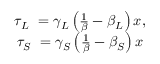
\begin{array} { c } { { \tau _ { L \mathrm { ~ } } = \gamma _ { L } \left( \frac 1 \beta - \beta _ { L } \right) x , } } \\ { { \tau _ { S \mathrm { ~ } } = \gamma _ { S } \left( \frac 1 \beta - \beta _ { S } \right) x } } \end{array}